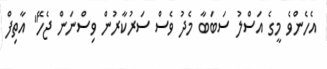
އެހެންވެ މީގެ އަސްލު ސަބަބާ މެދު ވެސް ސަރުކާރުން ވިސްނަން ޖެހޭ" އާތިފް